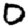
Digit: 0